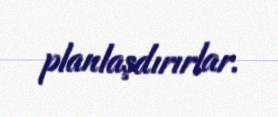
planlaşdırırlar.